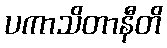
ပကာသိတာနီတိ